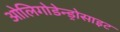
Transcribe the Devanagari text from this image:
ओलिगोडेन्ड्रोसाइट